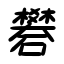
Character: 礬